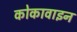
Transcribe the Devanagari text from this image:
कोकावाइन